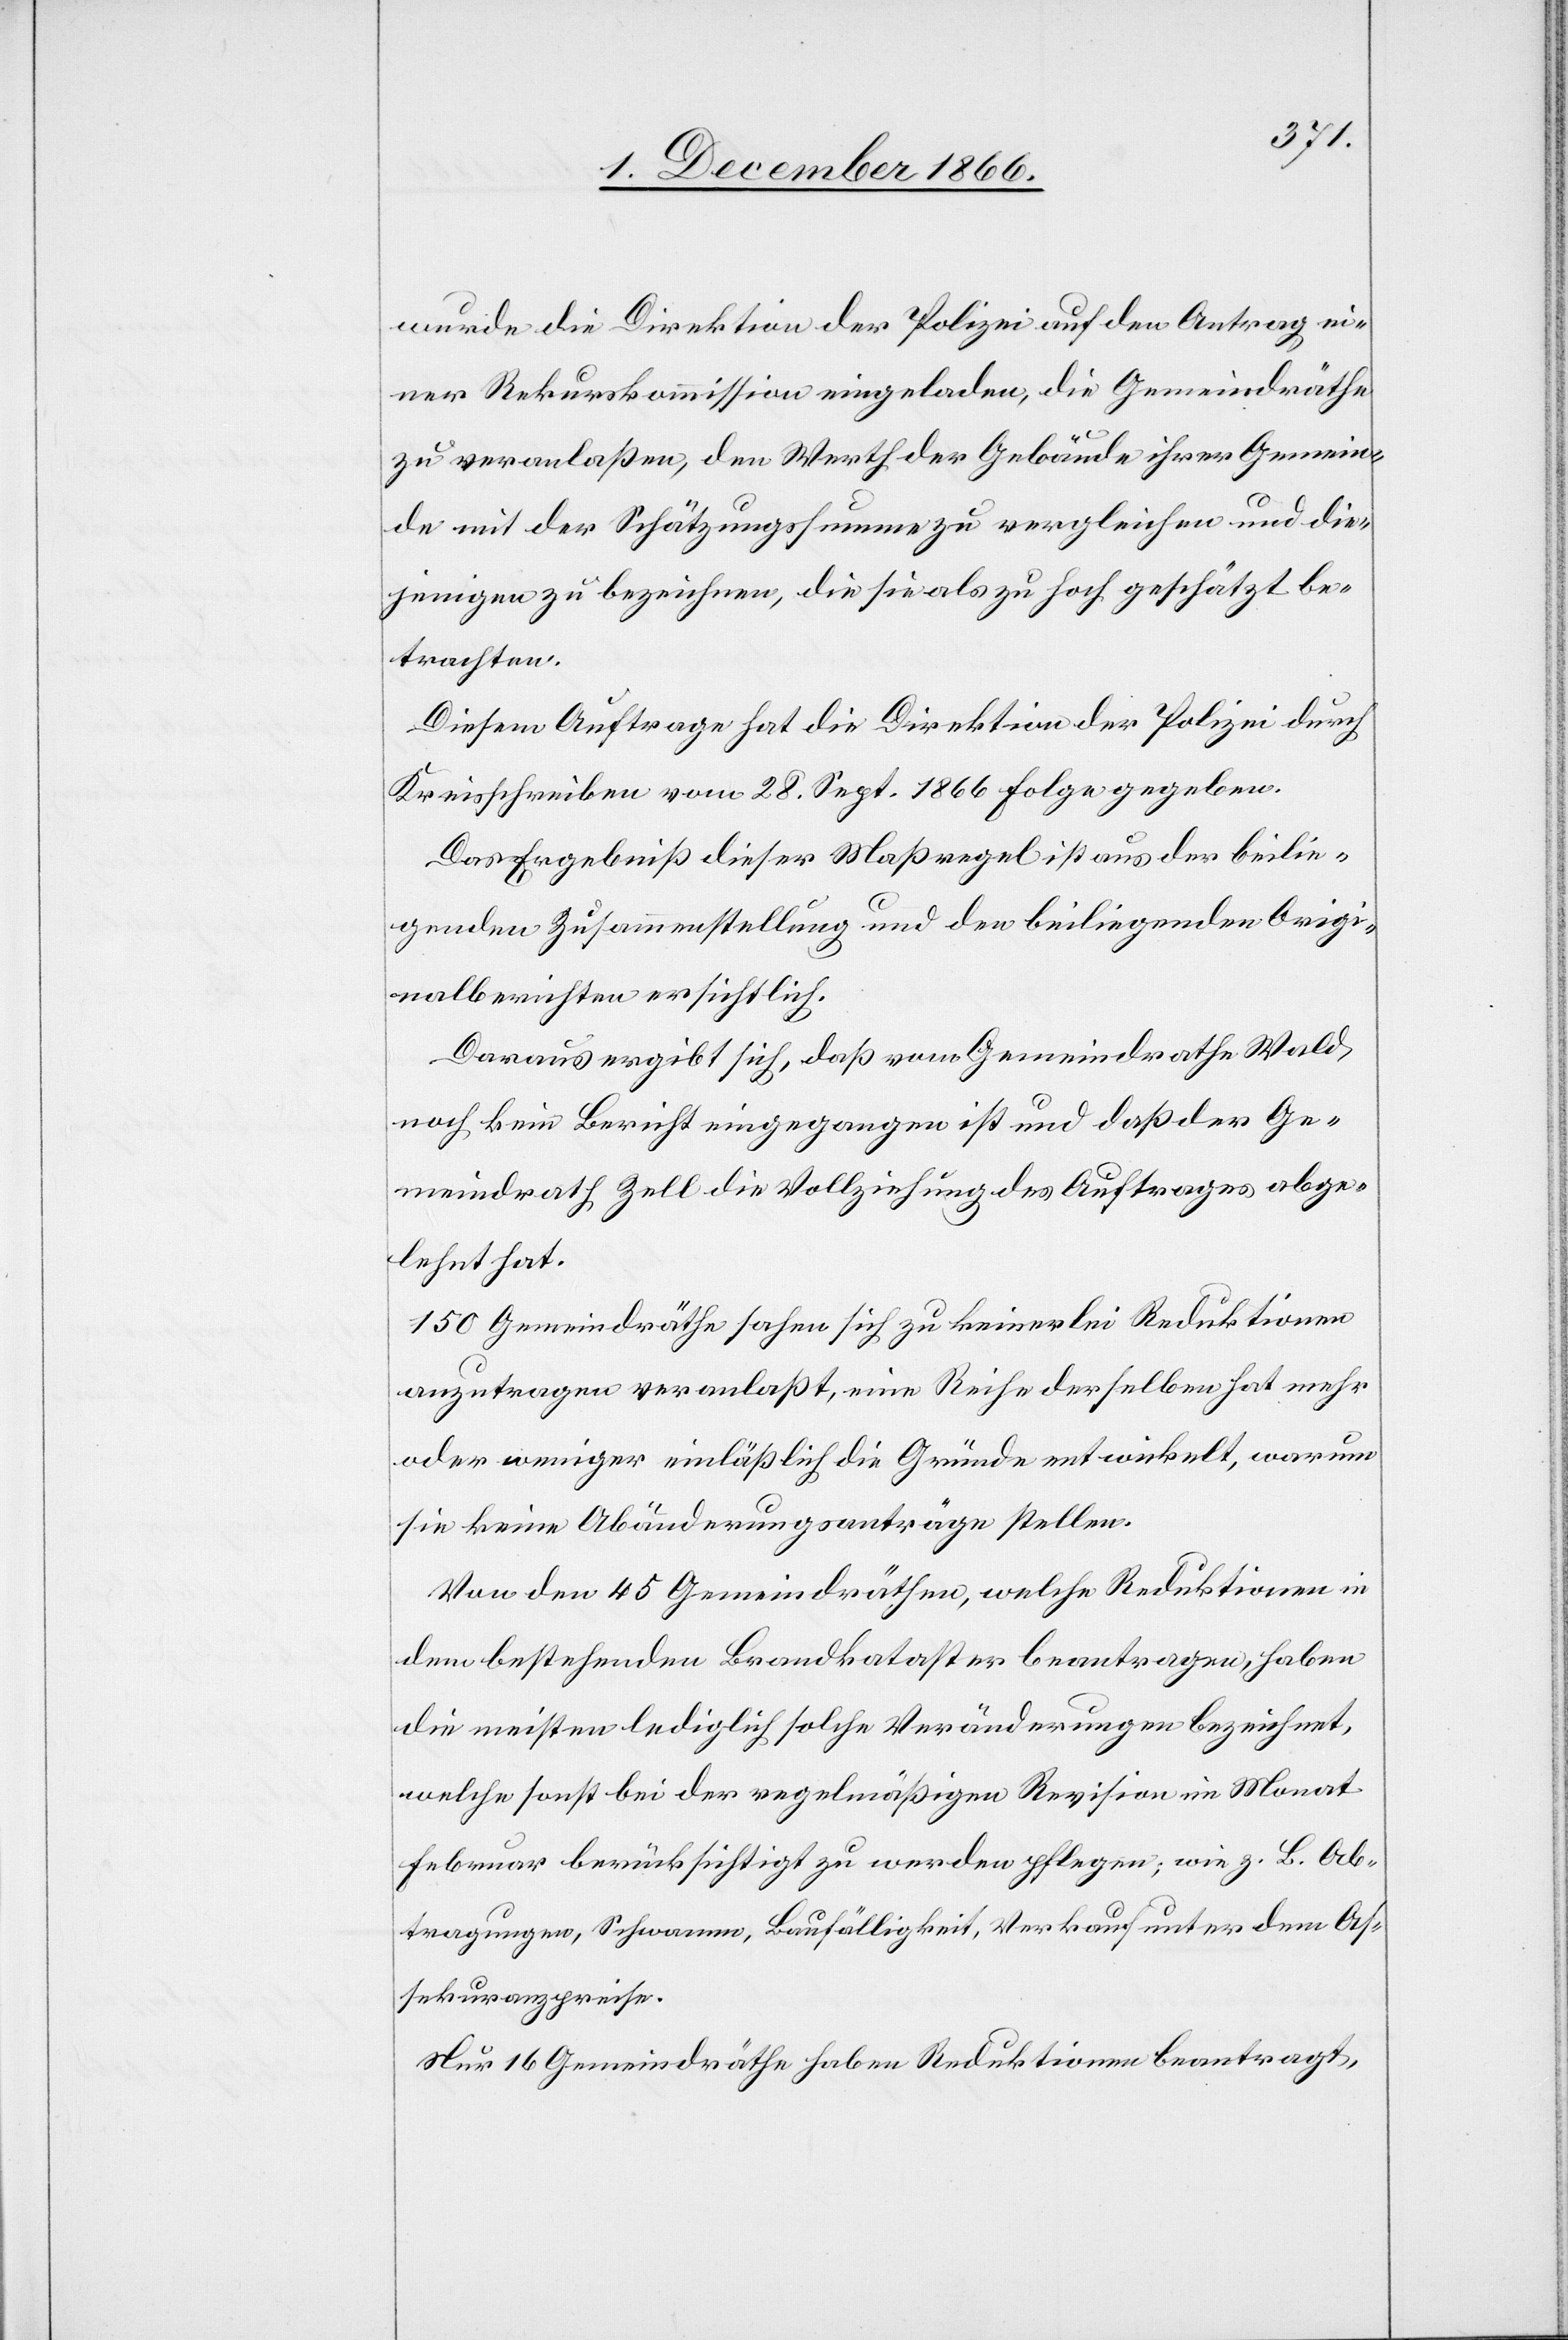
wurde die Direktion der Polizei auf den Antrag ei¬
ner Rekurskommission eingeladen, die Gemeindräthe
zu veranlaßen, den Werth der Gebäude ihrer Gemein¬
de mit der Schätzungssumme zu vergleichen und die¬
jenigen zu bezeichnen, die sie als zu hoch geschätzt be¬
trachten.
Diesem Auftrage hat die Direktion der Polizei durch
Kreisschreiben vom 28. Sept. 1866 Folge gegeben.
Das Ergebniß dieser Maßregel ist aus der beilie¬
genden Zusammenstellung und den beiliegenden Origi¬
nalberichten ersichtlich.
Daraus ergibt sich, daß vom Gemeindrathe Wald
noch kein Bericht eingegangen ist und daß der Ge¬
meindrath Zell die Vollziehung des Auftrages abge¬
lehnt hat.
150 Gemeindräthe sahen sich zu keinerlei Reduktionen
anzutragen veranlaßt, eine Reihe derselben hat mehr
oder weniger einläßlich die Gründe entwickelt, warum
sie keine Abänderungsanträge stellen.
Von den 45 Gemeindräthen, welche Reduktionen in
dem bestehenden Brandkataster beantragen, haben
die meisten lediglich solche Veränderungen bezeichnet,
welche sonst bei der regelmäßigen Revision im Monat
Februar berücksichtigt zu werden pflegen; wie z. B. Ab¬
tragungen, Schwamm, Baufälligkeit, Verkauf unter dem As¬
sekuranzpreise.
Nur 16 Gemeindräthe haben Reduktionen beantragt,